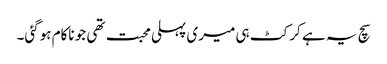
سچ یہ ہے کرکٹ ہی میری پہلی محبت تھی جو ناکام ہوگئی۔